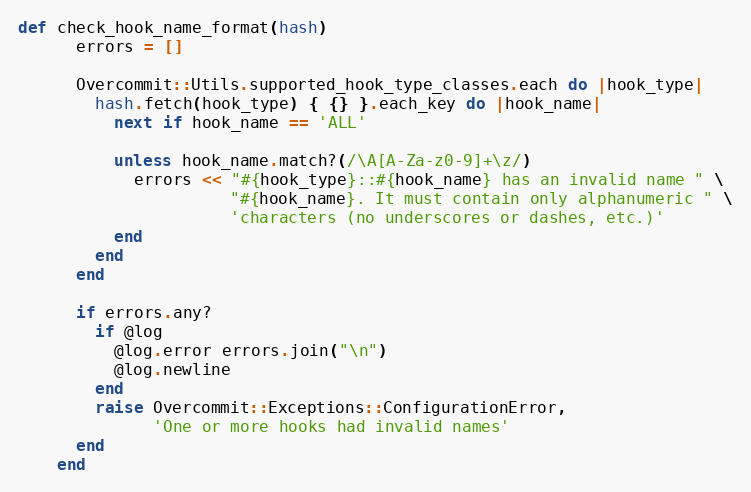
Language: Ruby
def check_hook_name_format(hash)
      errors = []

      Overcommit::Utils.supported_hook_type_classes.each do |hook_type|
        hash.fetch(hook_type) { {} }.each_key do |hook_name|
          next if hook_name == 'ALL'

          unless hook_name.match?(/\A[A-Za-z0-9]+\z/)
            errors << "#{hook_type}::#{hook_name} has an invalid name " \
                      "#{hook_name}. It must contain only alphanumeric " \
                      'characters (no underscores or dashes, etc.)'
          end
        end
      end

      if errors.any?
        if @log
          @log.error errors.join("\n")
          @log.newline
        end
        raise Overcommit::Exceptions::ConfigurationError,
              'One or more hooks had invalid names'
      end
    end